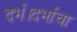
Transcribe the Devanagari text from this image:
दर्भ।दर्भाचा